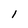
Character: l